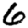
Digit: 6